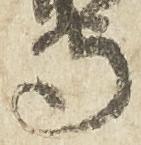
守